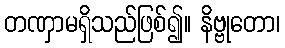
တဏှာမရှိသည်ဖြစ်၍။ နိဗ္ဗုတော၊